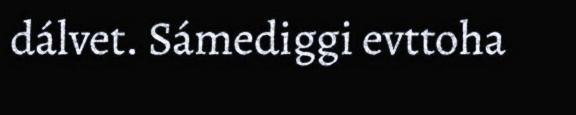
dálvet. Sámediggi evttoha